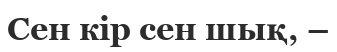
Сен кiр сен шық, –